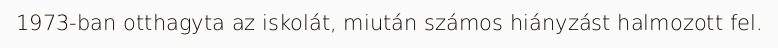
1973-ban otthagyta az iskolát, miután számos hiányzást halmozott fel.